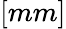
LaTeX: [mm]